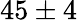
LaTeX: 45\pm 4